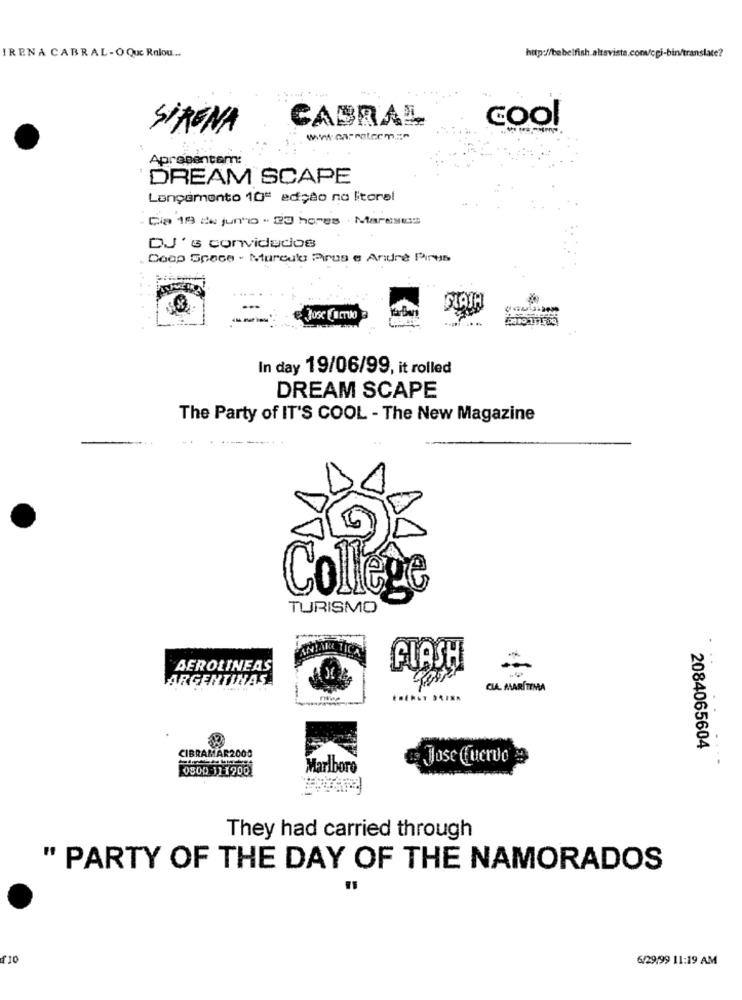
IRENA CABRAL-OQUE Ralou ...
CABRAL
cool
SIRENA
Apresentam
DREAM SCAPE
Lançamento 10ª edição no litoral
Cia 19 de junho - 23 hores . Mareses
DJ 's convidados
Doop Space - Murculo Pirus e Andre Pires
In day 19/06/99, it rolled
DREAM SCAPE
The Party of IT'S COOL - The New Magazine
College
TURISMO
FLASH
AEROLINEAS
ARGENTINAS
CLA MARÍTIMA
2084065604
CIBRAMAR2000
Jose Cuervo
0800 111900
Marlboro
They had carried through
" PARTY OF THE DAY OF THE NAMORADOS
£10
6/29/99 11:19 AM